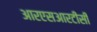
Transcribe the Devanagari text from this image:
आरएसआरटीसी